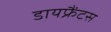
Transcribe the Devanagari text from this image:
डायफ्रैंटस